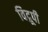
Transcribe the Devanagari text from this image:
विद्रूपी